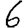
Digit: 6